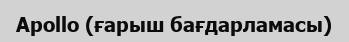
Apollo (ғарыш бағдарламасы)